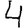
Digit: 4